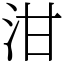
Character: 泔